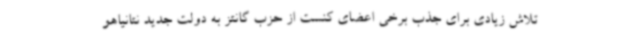
تلاش زیادی برای جذب برخی اعضای کنست از حزب گانتز به دولت جدید نتانیاهو